Indian Medical Review
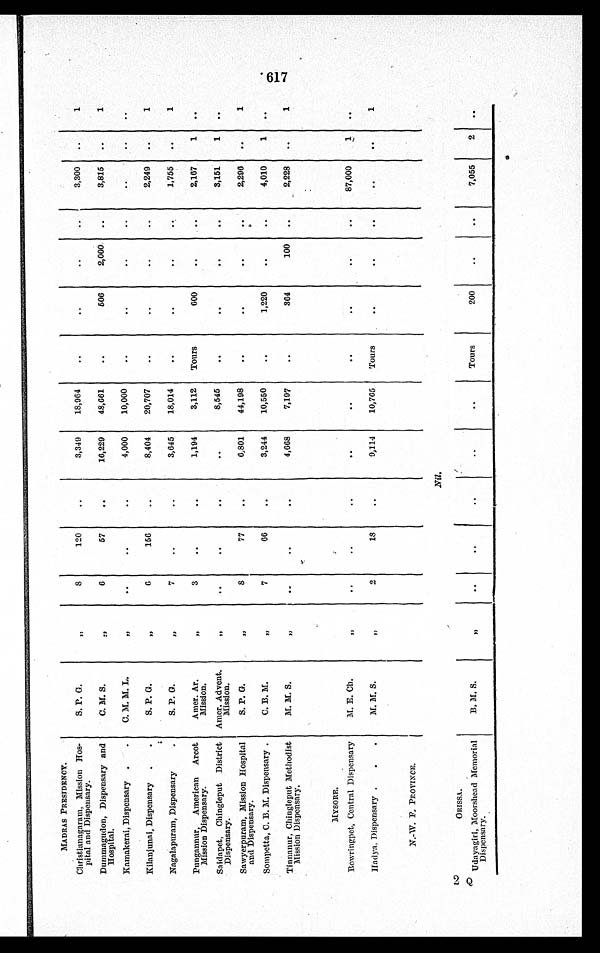
MADRAS PRESIDENCY.
Christianagaram, Mission Hos-
pital and Dispensary.
S. P. G.
„
8
120
3,349
18,964
3,300
1
Dummagudon, Dispensary and
Hospital.
C. M. S.
„
6
57
16,229 48,661
506
2,000
3,815
1
Kamakerai, Dispensary
C. M. M. L.
„
4,000 10,000
Kilanjunai, Dispensary
S. P. G.
„
6
156
8,404 20,707
2,249
1
Nagalapuram, Dispensary.
S. P. G.
„
7
3,645
18,014
1,755
1
Pungannur, American Arcot
Mission Dispensary.
Amer. Ar
. Mission.
„
3
1,194
3,112 Tours
600
2,167
1
Saidapet, Chingleput District
Dispensary.
Amer. Advent
. Mission.
„
8,545
3,151
1
Sawyerpuram, Mission Hospital
and Dispensary.
S. P. G.
„
8
77
6,801 44,198
2,296
1
Sompetta, C. B. M. Dispensary .
C. B. M.
„
7
66
3,244 10,550
1,220
4,010
1
Tinnanur, Chingleput Methodist
Mission Dispensary.
M. M. S
„
4,668
7,197
364
100
2,228
1
MYSORE.
„
Bowringpet, Central Dispensary
M. E. Ch.
„
87,000
1
Hadya, Dispensary
M. M. S.
„
2
18
9,114
10,765 Tours
1
N.-W. F. PROVINCE.
„
Nil.
2 Q
ORISSA.
„
Udayagiri, Moorshead Memorial
Dispensary
B. M. S.
„
Tours
200
7,055
2